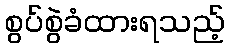
စွပ်စွဲခံထားရသည့်